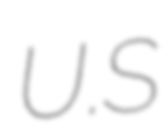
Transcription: U.S